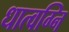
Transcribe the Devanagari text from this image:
धात्वग्नि